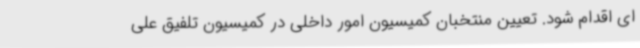
ای اقدام شود. تعیین منتخبان کمیسیون امور داخلی در کمیسیون تلفیق علی